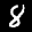
Label: 8